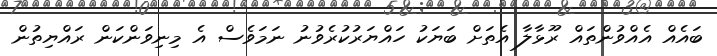
ބައެއް އެއްވުންތައް ރޫޅާލާ އެތަށް ބަޔަކު ހައްޔަރުކުރެވުނު ނަމަވެސް އެ މިނިވަންކަން ރައްޔިތުން